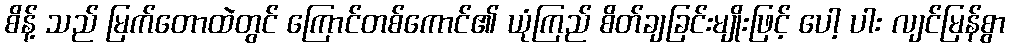
စိန့် သည် မြက်တောထဲတွင် ကြောင်တစ်ကောင်၏ ယုံကြည် စိတ်ချခြင်းမျိုးဖြင့် ပေါ့ ပါး လျင်မြန်စွာ